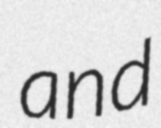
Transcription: and